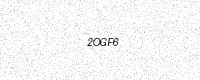
Text: 2OGF6